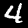
Digit: 4